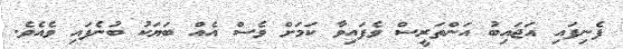
ފެނިފައި އަޖައިބު އަންތަރީސް ވެފައިވާ ކަމަށް ވެސް އެއް ބަޔަކު ބުނެފައި ވެއެވެ.